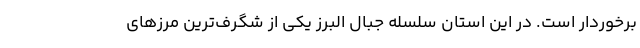
برخوردار است. در این استان سلسله جبال البرز یکی از شگرف‌ترین مرزهای